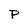
Character: p